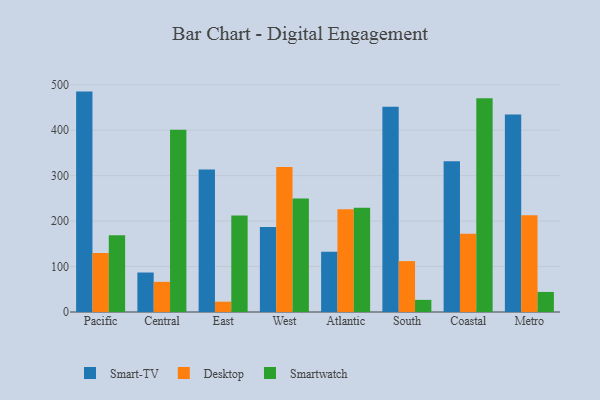
{"axis": {"x": "Region", "y": "Gross Profit (USD K)"}, "legend": ["Desktop", "Smart-TV", "Smartwatch"], "data": [{"x": "Pacific", "y": 485.0, "type": "Smart-TV"}, {"x": "Pacific", "y": 130.0, "type": "Desktop"}, {"x": "Pacific", "y": 169.1, "type": "Smartwatch"}, {"x": "Central", "y": 86.9, "type": "Smart-TV"}, {"x": "Central", "y": 66.4, "type": "Desktop"}, {"x": "Central", "y": 401.2, "type": "Smartwatch"}, {"x": "East", "y": 313.4, "type": "Smart-TV"}, {"x": "East", "y": 22.7, "type": "Desktop"}, {"x": "East", "y": 212.2, "type": "Smartwatch"}, {"x": "West", "y": 187.2, "type": "Smart-TV"}, {"x": "West", "y": 319.1, "type": "Desktop"}, {"x": "West", "y": 249.8, "type": "Smartwatch"}, {"x": "Atlantic", "y": 132.5, "type": "Smart-TV"}, {"x": "Atlantic", "y": 226.0, "type": "Desktop"}, {"x": "Atlantic", "y": 229.6, "type": "Smartwatch"}, {"x": "South", "y": 451.8, "type": "Smart-TV"}, {"x": "South", "y": 112.0, "type": "Desktop"}, {"x": "South", "y": 26.7, "type": "Smartwatch"}, {"x": "Coastal", "y": 331.6, "type": "Smart-TV"}, {"x": "Coastal", "y": 172.0, "type": "Desktop"}, {"x": "Coastal", "y": 470.1, "type": "Smartwatch"}, {"x": "Metro", "y": 434.4, "type": "Smart-TV"}, {"x": "Metro", "y": 212.8, "type": "Desktop"}, {"x": "Metro", "y": 44.1, "type": "Smartwatch"}]}